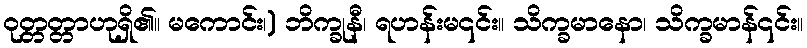
ဝုတ္တတ္တာဟုရှိ၏။ မကောင်း၊) ဘိက္ခုနီ၊ ရဟန်းမ၎င်း။ သိက္ခမာနော၊ သိက္ခမာန်၎င်း။